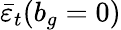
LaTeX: \bar{\varepsilon}_{t}(b_{g}=0)